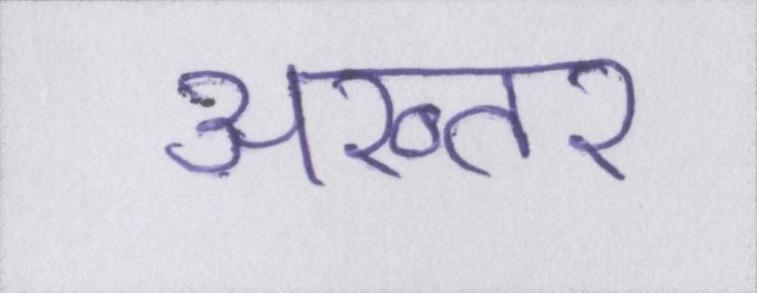
अख्तर